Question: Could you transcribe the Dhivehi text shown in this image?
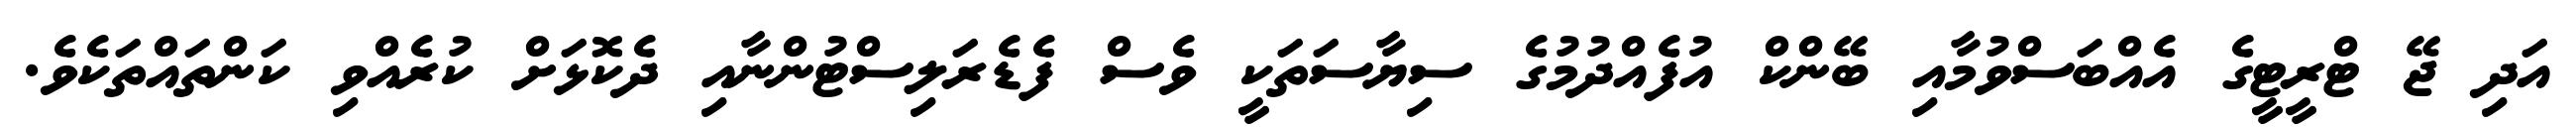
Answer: އަދި ޖޭ ޓްރީޓީގެ އެއްބަސްވުމާއި ބޭންކް އުފެއްދުމުގެ ސިޔާސަތަކީ ވެސް ފެޑެރަލިސްޓުންނާއި ދެކޮޅަށް ކުރެއްވި ކަންތައްތަކެވެ.